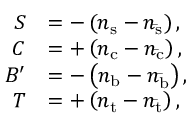
{ \begin{array} { r l } { S } & { = - \left( n _ { \mathrm { s } } - n _ { \mathrm { \bar { s } } } \right) , } \\ { C } & { = + \left( n _ { \mathrm { c } } - n _ { \mathrm { \bar { c } } } \right) , } \\ { B ^ { \prime } } & { = - \left( n _ { \mathrm { b } } - n _ { \mathrm { \bar { b } } } \right) , } \\ { T } & { = + \left( n _ { \mathrm { t } } - n _ { \mathrm { \bar { t } } } \right) , } \end{array} }